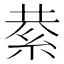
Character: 𮈍